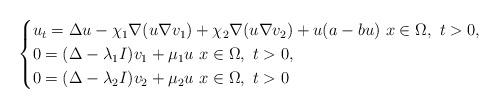
LaTeX: \begin{align*}\begin{cases}u_{t}=\Delta u -\chi_1\nabla( u\nabla v_1)+\chi_2 \nabla(u\nabla v_2 )+ u(a -b u) \ x\in\Omega,\ t>0, \\0=(\Delta- \lambda_1 I)v_1+ \mu_1 u \ x\in\Omega,\ t>0, \\0=(\Delta- \lambda_2 I)v_2+ \mu_2 u \ x\in\Omega,\ t>0\end{cases}\end{align*}